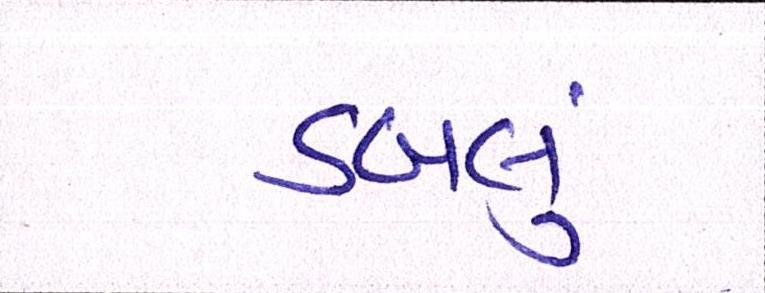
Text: ડબલું